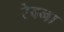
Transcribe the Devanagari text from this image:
रेवना